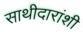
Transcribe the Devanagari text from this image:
साथीदारांशी